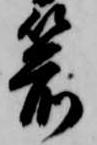
箭